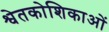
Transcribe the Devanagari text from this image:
श्वेतकोशिकाओं